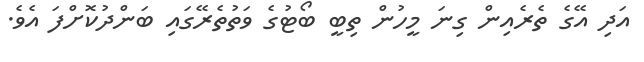
އަދި އޭގެ ތެރެއިން ގިނަ މީހުން ތިބީ ބޯޓުގެ ވަތުތެރޭގައި ބަންދުކޮށްފަ އެވެ.